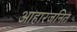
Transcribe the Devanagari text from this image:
आहारजनित